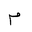
Letter: _mim